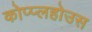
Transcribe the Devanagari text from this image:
कोप्प्लहोउस